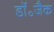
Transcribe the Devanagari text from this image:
डॉ॰जैक